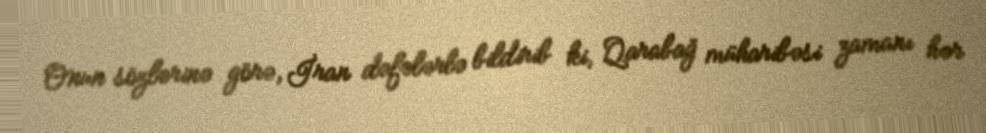
Onun sözlərinə görə, İran dəfələrlə bildirib ki, Qarabağ müharibəsi zamanı hər